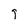
Character: 9